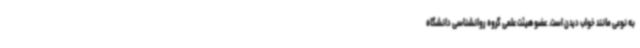
به نوعی مانند خواب دیدن است. عضو هیئت علمی گروه روانشناسی دانشگاه